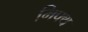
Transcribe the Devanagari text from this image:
मिफ्थ